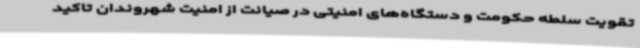
تقویت سلطه حکومت و دستگاه‌های امنیتی در صیانت از امنیت شهروندان تاکید